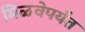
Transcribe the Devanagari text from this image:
मिळवेपर्यंत